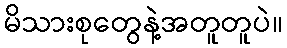
မိသားစုတွေနဲ့အတူတူပဲ။